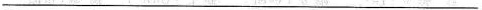
___